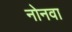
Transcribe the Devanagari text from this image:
नोनवा